Civil Veterinary Department. United Provinces 1932-42 - 1932-1942
Year: 1932
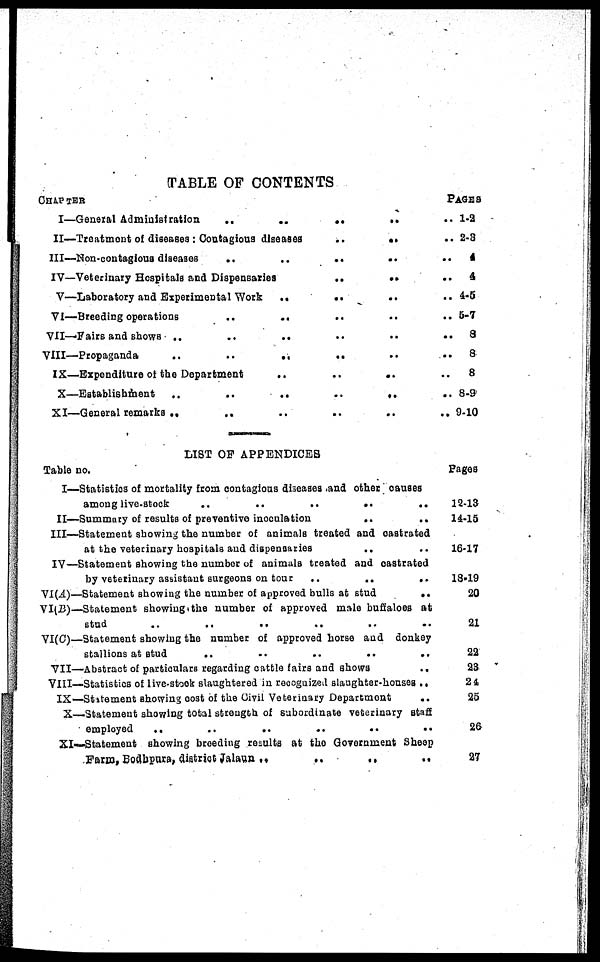
TABLE OF CONTENTS
CHAPTER
I—General Administration ..
II—Treatment of diseases : Contagious diseases
..
..
III—Non-contagious diseases
..
..
..
..
IV—Veterinary Hospitals and Dispensaries
..
..
V—Laboratory and Experimental Work
..
..
..
VI—Breeding operations
..
..
..
VII—Fairs and shows ..
..
..
VIII—Propaganda
..
..
..
..
IX—Expenditure of the Department
..
..
..
X—Establishment
..
..
..
..
..
XI—General remarks
..
..
LIST Of APPENDICES
Table no.
I—Statistics of mortality from contagions diseases .and other Causes
among livestock
..
..
..
..
..
II—Summary of results of preventive inoculation
..
..
III—Statement showing the number of animals treated and Castrated
at the veterinary hospitals and dispensaries
IV—Statement showing the number of animals treated and Castrated
by veterinary assistant surgeons on tour
..
..
..
VI(A)—Statement showing the number of approved bulls at stud
..
VI(B)—Statement showing the number of approved male buffaloes at
stud
..
..
..
..
..
VI(C)—Statement showing the number of approved horse and donkey
stallions at stud
..
..
..
..
..
VII—Abstract of particulars regarding cattle fairs and shows ..
VIII—Statistics of live-stook slaughtered in recognized slaughter-houses
IX—Statement showing cost of the Civil Veterinary Department
..
X—Statement showing total strength of subordinate veterinary Staff
employed
..
..
..
..
..
..
XI—Statement showing breeding results at the Government Sheep
Farm, Bodbpura, district Jalaun
..
..
..
..
PAGES
1-2
2-3
4
4
4-5
5-7
8
8
8
8-9
9-10
Pages
12-13
14-15
16-17
18-19
20
21
22
23
24
25
26
27